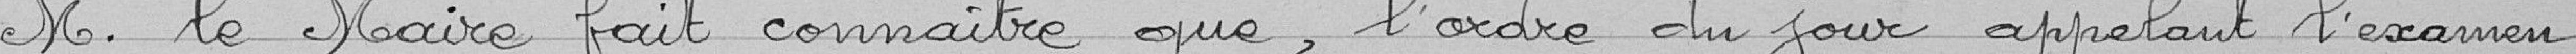
M. le Maire fait connaître que l'ordre du jour appelant l'examen